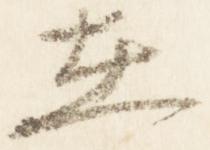
在